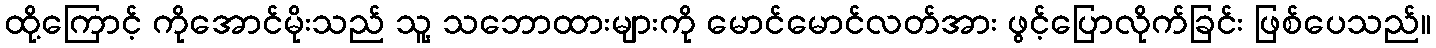
ထို့ကြောင့် ကိုအောင်မိုးသည် သူ့ သဘောထားများကို မောင်မောင်လတ်အား ဖွင့်ပြောလိုက်ခြင်း ဖြစ်ပေသည်။